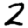
Digit: 2